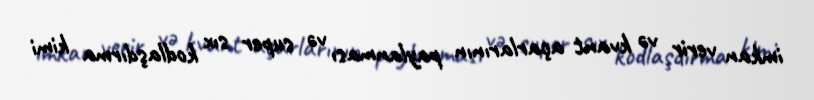
imkan verir və kvant açarlarının paylanması və super sıx kodlaşdırma kimi